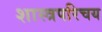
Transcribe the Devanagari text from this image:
शास्त्रपरिचय